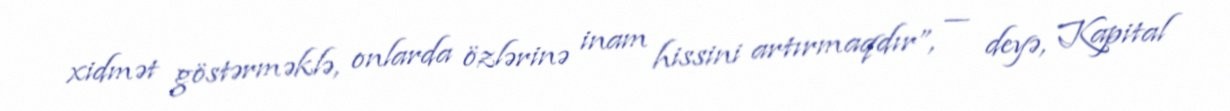
xidmət göstərməklə, onlarda özlərinə inam hissini artırmaqdır”, — deyə, Kapital